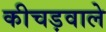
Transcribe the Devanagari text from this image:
कीचड़वाले